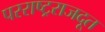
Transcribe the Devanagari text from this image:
परराष्ट्रराजदूत